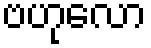
ဗဟုလော